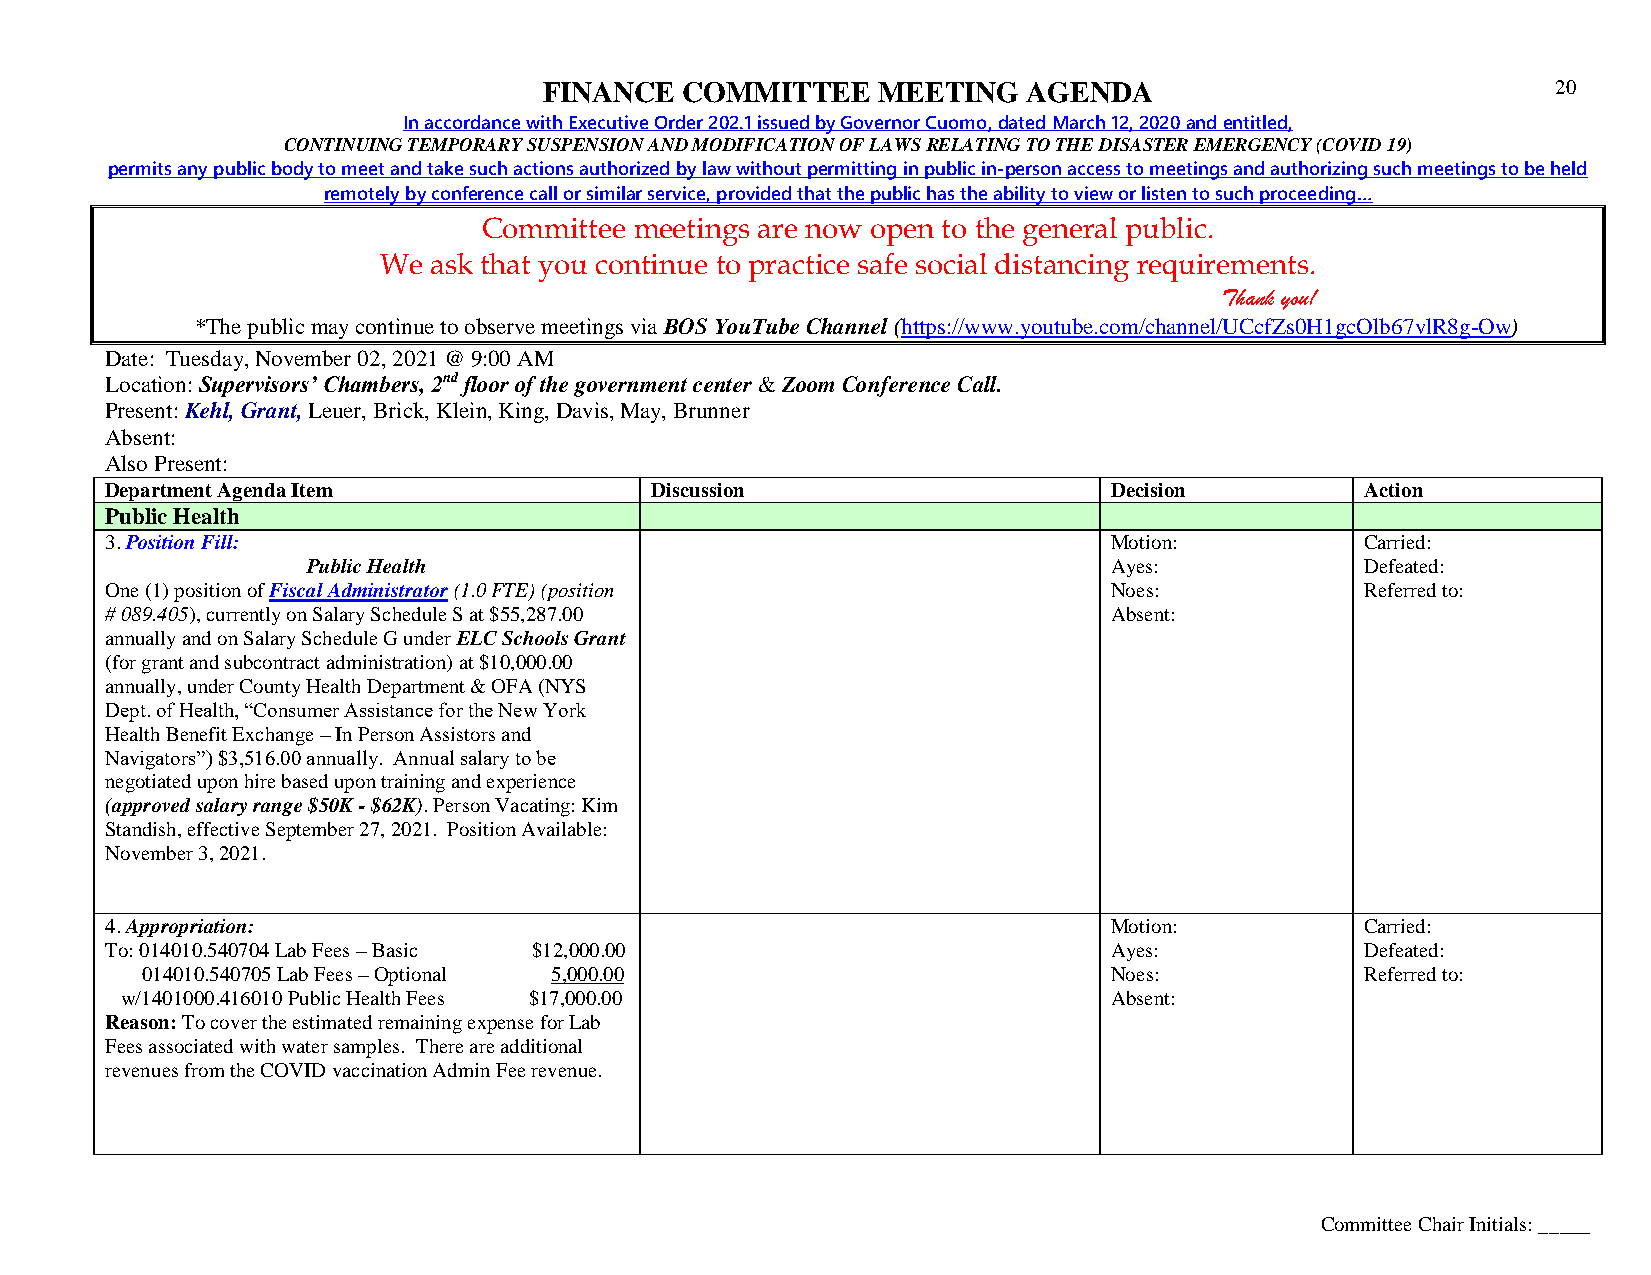
FINANCE  COMMITTEE    MEETING   AGENDA                             20
 In accordance with Executive Order 202.1 issued by Governor Cuomo, dated March 12, 2020 and entitled,
 CONTINUING TEMPORARY SUSPENSION AND MODIFICATION OF LAWS RELATING TO THE DISASTER EMERGENCY (COVID 19)
 permits any public body to meet and take such actions authorized by law without permitting in public in-person access to meetings and authorizing such meetings to be held
 remotely by conference call or similar service, provided that the public has the ability to view or listen to such proceeding…
 Committee meetings are now open to the general public.
 We ask that you continue to practice safe social distancing requirements.
 Thank you!
 *The public may continue to observe meetings via BOS YouTube Channel (https://www.youtube.com/channel/UCcfZs0H1gcOlb67vlR8g-Ow)
 Date: Tuesday, November 02, 2021 @ 9:00 AM
 Location: Supervisors’ Chambers, 2nd floor of the government center & Zoom Conference Call.
 Present: Kehl, Grant, Leuer, Brick, Klein, King, Davis, May, Brunner
 Absent:
 Also Present:
 Department Agenda Item              Discussion                    Decision         Action
 Public Health
 3. Position Fill:                                                 Motion:          Carried:
 Public Health                                        Ayes:            Defeated:
 One (1) position of Fiscal Administrator (1.0 FTE) (position      Noes:            Referred to:
 # 089.405), currently on Salary Schedule S at $55,287.00          Absent:
 annually and on Salary Schedule G under ELC Schools Grant
 (for grant and subcontract administration) at $10,000.00
 annually, under County Health Department & OFA (NYS
 Dept. of Health, “Consumer Assistance for the New York
 Health Benefit Exchange – In Person Assistors and
 Navigators”) $3,516.00 annually. Annual salary to be
 negotiated upon hire based upon training and experience
 (approved salary range $50K - $62K). Person Vacating: Kim
 Standish, effective September 27, 2021. Position Available:
 November 3, 2021.
 4. Appropriation:                                                 Motion:          Carried:
 To: 014010.540704 Lab Fees – Basic $12,000.00                     Ayes:            Defeated:
 014010.540705 Lab Fees – Optional 5,000.00                      Noes:            Referred to:
 w/1401000.416010 Public Health Fees $17,000.00                   Absent:
 Reason: To cover the estimated remaining expense for Lab
 Fees associated with water samples. There are additional
 revenues from the COVID vaccination Admin Fee revenue.
 Committee Chair Initials: _____